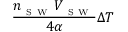
\frac { n _ { _ { \mathrm { ~ S ~ W ~ } } } V _ { _ { \mathrm { ~ S ~ W ~ } } } } { 4 \alpha } \Delta T